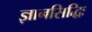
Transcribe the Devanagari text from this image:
ज्ञानसिद्धिः